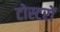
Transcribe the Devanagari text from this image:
टोस्टरों